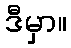
ဒီမှာ။